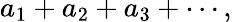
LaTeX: a_{1}+a_{2}+a_{3}+\cdots,